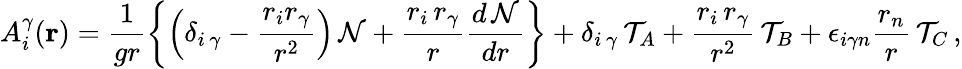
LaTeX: {{A}_{i}^{\gamma}}({\mathbf{r}})=\frac{1}{gr}\left\{ \left({\delta}_{{i}\, {\gamma}}-\frac{r_{i}r_{\gamma}}{r^{2}}\right)\, {\cal N}+\frac{r_{i}\, r_{\gamma}}{r}\frac{d\, {\cal N}}{dr}\right\} +{\delta}_{{i}\, {\gamma}}\, {\cal T}_{A}+\frac{r_{i}\, r_{\gamma}}{r^{2}}\, {\cal T}_{B}+{\epsilon}_{i{\gamma}n}\frac{r_{n}}{r}\, {\cal T}_{C}\, ,